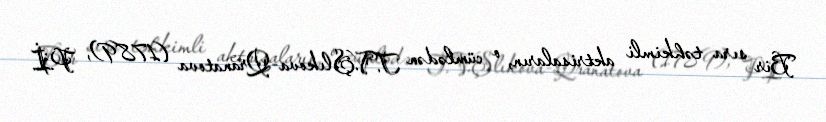
Bir sıra təhkimli aktrisaların, o cümlədən T.V.Şlıkova-Qranatova (1789), P.İ.